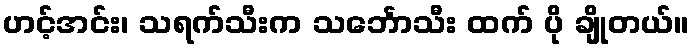
ဟင့်အင်း၊ သရက်သီးက သင်္ဘောသီး ထက် ပို ချိုတယ်။